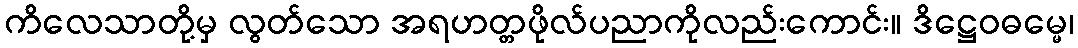
ကိလေသာတို့မှ လွတ်သော အရဟတ္တဖိုလ်ပညာကိုလည်းကောင်း။ ဒိဋ္ဌေဝဓမ္မေ၊